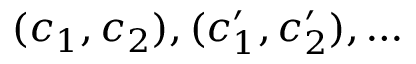
( c _ { 1 } , c _ { 2 } ) , ( c _ { 1 } ^ { \prime } , c _ { 2 } ^ { \prime } ) , \ldots